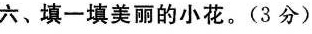
六、填一填美丽的小花。(3分)